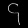
Digit: ၄